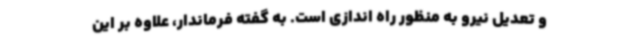
و تعدیل نیرو به منظور راه اندازی است. به گفته فرماندار، علاوه بر این